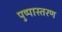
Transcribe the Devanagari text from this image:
पुष्पास्तरण